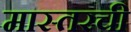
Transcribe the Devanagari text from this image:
मास्तरची